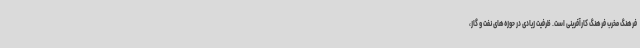
فرهنگ مخرب فرهنگ کارآفرینی است. ظرفیت زیادی در حوزه‌های نفت و گاز،